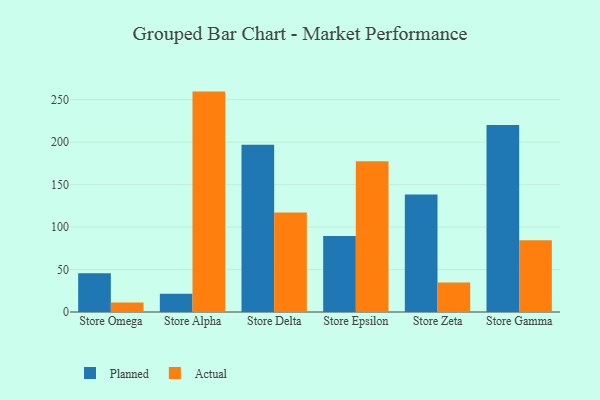
{"axis": {"x": "Store", "y": "Population (Million)"}, "legend": ["Actual", "Planned"], "data": [{"x": "Store Omega", "y": 45.5, "type": "Planned"}, {"x": "Store Omega", "y": 11.1, "type": "Actual"}, {"x": "Store Alpha", "y": 21.4, "type": "Planned"}, {"x": "Store Alpha", "y": 259.5, "type": "Actual"}, {"x": "Store Delta", "y": 196.8, "type": "Planned"}, {"x": "Store Delta", "y": 117.1, "type": "Actual"}, {"x": "Store Epsilon", "y": 89.6, "type": "Planned"}, {"x": "Store Epsilon", "y": 177.5, "type": "Actual"}, {"x": "Store Zeta", "y": 138.3, "type": "Planned"}, {"x": "Store Zeta", "y": 34.8, "type": "Actual"}, {"x": "Store Gamma", "y": 220.2, "type": "Planned"}, {"x": "Store Gamma", "y": 84.4, "type": "Actual"}]}